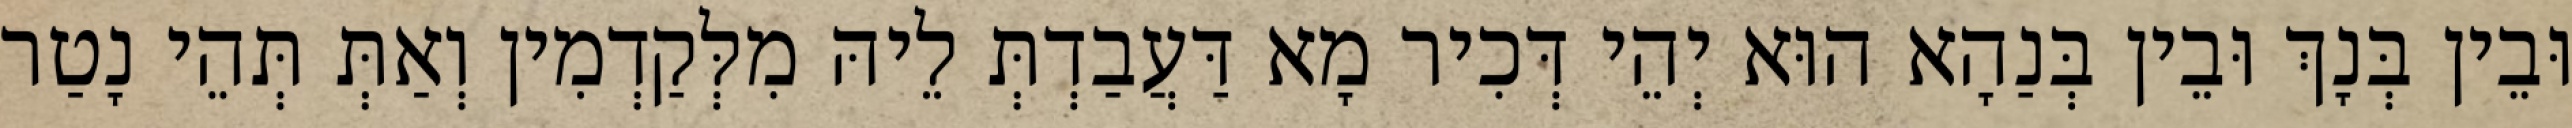
וּבֵין בְּנָךְ וּבֵין בְּנַהָא הוּא יְהֵי דְּכִיר מָא דַּעֲבַדְתְּ לֵיהּ מִלְּקַדְמִין וְאַתְּ תְּהֵי נָטַר